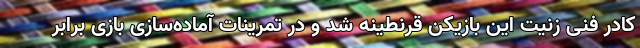
کادر فنی زنیت این بازیکن قرنطینه شد و در تمرینات آماده‌سازی بازی برابر